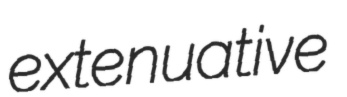
extenuative